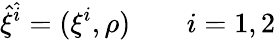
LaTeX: {\hat{\xi}}^{\hat{i}}=(\xi^{i},\rho)\qquad i=1,2